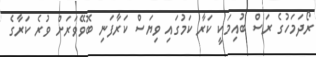
ރޯދަމަހުގެ ރަސް ބުއިމަކީ ކަރާ ކަމުގައި ވިޔަސް ކަރާފަނި ބޮވޭވަރަށް ވުރެ ކަރާގެ